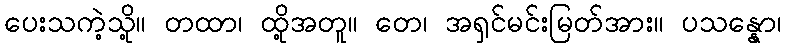
ပေးသကဲ့သို့။ တထာ၊ ထို့အတူ။ တေ၊ အရှင်မင်းမြတ်အား။ ပသန္နော၊